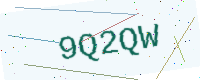
Text: 9Q2QW